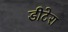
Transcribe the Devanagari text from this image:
डीटेरा